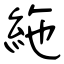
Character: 絁